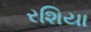
રશિયા